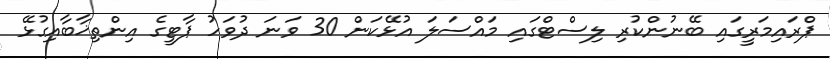
ޕްރައިމަރީގައި ބޭނުންކުރި ލިސްޓްގައި މައްސަލަ އުޅޭކަން 30 ވަނަ ދުވަހު ޕާޓީގެ އިންތިޚާބާއިގުޅޭ